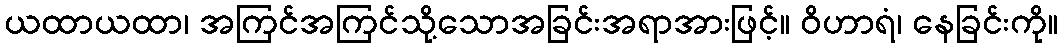
ယထာယထာ၊ အကြင်အကြင်သို့သောအခြင်းအရာအားဖြင့်။ ဝိဟာရံ၊ နေခြင်းကို။